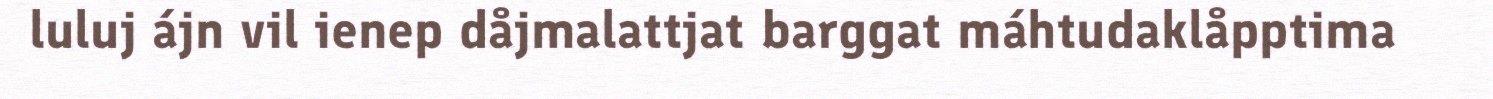
luluj ájn vil ienep dåjmalattjat barggat máhtudaklåpptima